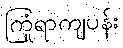
ကြုံရာကျပန်း